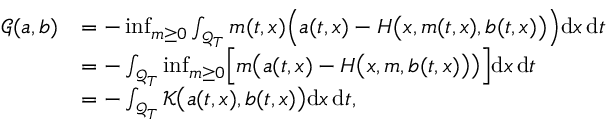
\begin{array} { r l } { { \mathcal G } ( \mathfrak { a } , \mathfrak { b } ) } & { = - \operatorname* { i n f } _ { m \geq 0 } \int _ { \mathcal { Q } _ { T } } m ( t , x ) \Bigl ( \mathfrak { a } ( t , x ) - H \bigl ( x , m ( t , x ) , \mathfrak { b } ( t , x ) \bigr ) \Bigr ) \mathrm { d } x \, \mathrm { d } t } \\ & { = - \int _ { \mathcal { Q } _ { T } } \operatorname* { i n f } _ { m \geq 0 } \Bigl [ m \bigl ( \mathfrak { a } ( t , x ) - H \bigl ( x , m , \mathfrak { b } ( t , x ) \bigr ) \bigr ) \Bigr ] \mathrm { d } x \, \mathrm { d } t } \\ & { = - \int _ { \mathcal { Q } _ { T } } { \mathcal K } \bigl ( \mathfrak { a } ( t , x ) , \mathfrak { b } ( t , x ) \bigr ) \mathrm { d } x \, \mathrm { d } t , } \end{array}